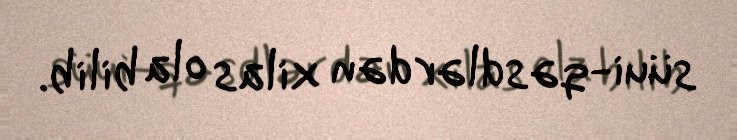
süui-qəsdlərdən xilas ola bilib.